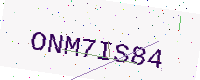
Text: ONM7IS84